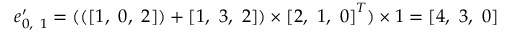
\boldsymbol { e } _ { 0 , \ 1 } ^ { \prime } = ( \left( \left[ 1 , \ 0 , \ 2 \right] \right) + \left[ 1 , \ 3 , \ 2 \right] ) \times \left[ 2 , \ 1 , \ 0 \right] ^ { T } ) \times 1 = [ 4 , \ 3 , \ 0 ]